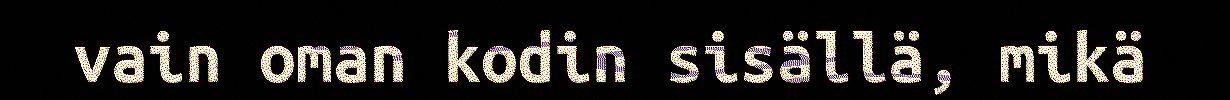
vain oman kodin sisällä, mikä